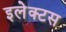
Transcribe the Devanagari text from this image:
इलेक्टस